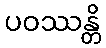
ပဝဿန္တိ